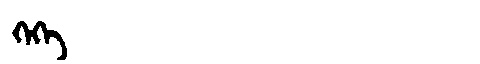
Manchu: ᡴᡝᡴᡝ
Romanization: KEKE